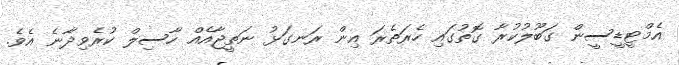
އެމްޓީޑީސީން ގަބޫލުކުރާ ގޮތުގައި ހެރަތެރަ އިން ރަނގަޅު ނަތީޖާއެއް ހާސިލް ކުރެވިދާނެ އެވެ.